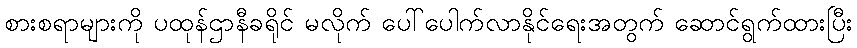
စားစရာများကို ပထုန်ဌာနီခရိုင် မလိုက် ပေါ်ပေါက်လာနိုင်ရေးအတွက် ဆောင်ရွက်ထားပြီး